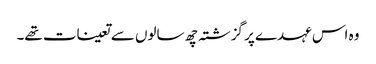
وہ اس عہدے پر گزشتہ چھ سالوں سے تعینات تھے۔